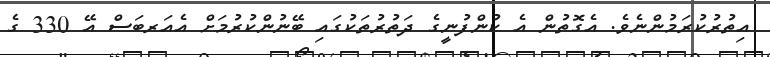
އިތުރުކުރަމުންނެވެ. އެގޮތުން އެ ކުންފުނީގެ ދަތުރުތަކުގައި ބޭނުންކުރުމަށް އެއަރބަސް އޭ 330 ގެ